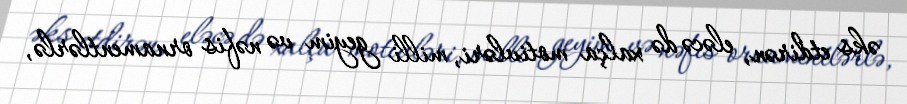
əks etdirən, eləcə də xalça motivləri, milli geyim və nəfis ornamentlərlə,